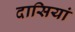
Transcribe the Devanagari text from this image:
दासियां